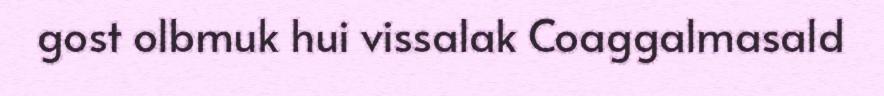
gost olbmuk hui vissalak Coaggalmasald